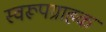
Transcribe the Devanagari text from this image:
स्वरूपग्राहक